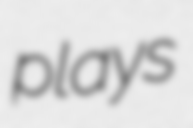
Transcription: plays